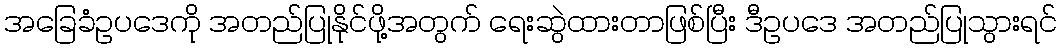
အခြေခံဥပဒေကို အတည်ပြုနိုင်ဖို့အတွက် ရေးဆွဲထားတာဖြစ်ပြီး ဒီဥပဒေ အတည်ပြုသွားရင်